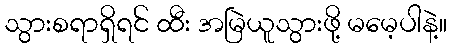
သွားစရာရှိရင် ထီး အမြဲယူသွားဖို့ မမေ့ပါနဲ့။